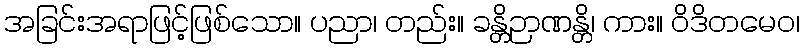
အခြင်းအရာဖြင့်ဖြစ်သော။ ပညာ၊ တည်း။ ခန္တိဉာဏန္တိ၊ ကား။ ဝိဒိတမေဝ၊